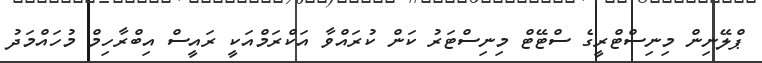
ޕްލޭނިން މިނިސްޓްރީގެ ސްޓޭޓް މިނިސްޓަރު ކަން ކުރައްވާ އަކްރަމްއަކީ ރައީސް އިބްރާހިމް މުހައްމަދު